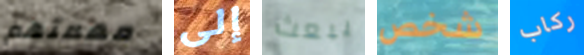
مهمتهم إلى يبعث شخص ركاب